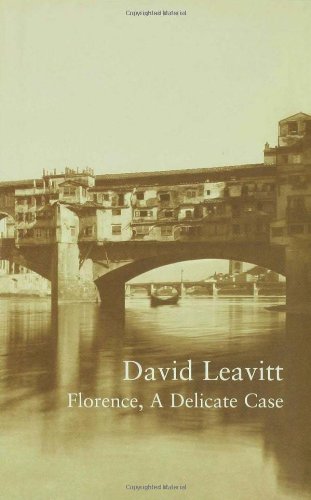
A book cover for Florence, A Delicate Case (The Writer and the City); David Leavitt; Gay & Lesbian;